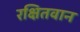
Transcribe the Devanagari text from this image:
रक्षितवान